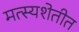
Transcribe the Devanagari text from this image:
मत्स्यशेतीत